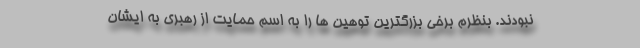
نبودند. بنظرم برخی بزرگترین توهین ها را به اسم حمایت از رهبری به ایشان